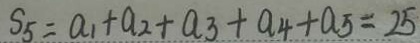
S _ { 5 } = a _ { 1 } + a _ { 2 } + a _ { 3 } + a _ { 4 } + a _ { 5 } = 2 5